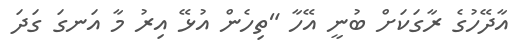
އާދޭހުގެ ރާގަކަށް ބުނީ އޭހާ "ތިހެން އުޅޭ އިރު މާ އަނގަ ގަދަ